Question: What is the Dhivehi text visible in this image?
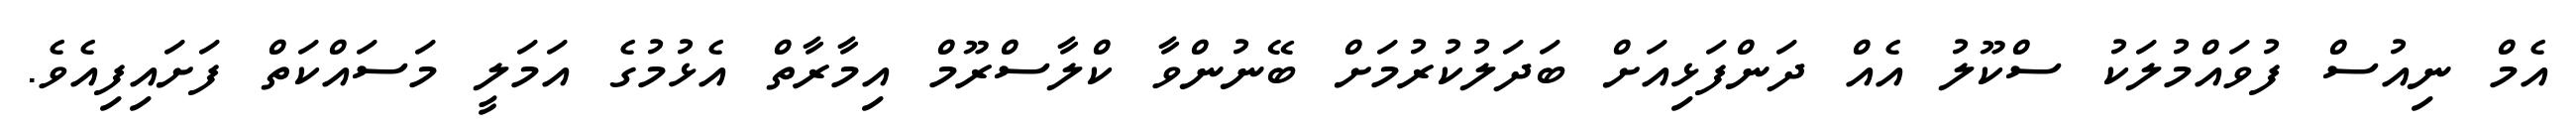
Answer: އެމް ނިއުސް ފުވައްމުލަކު ސްކޫލު އެއް ދަންފަޅިއަށް ބަދަލުކުރުމަށް ބޭނުންވާ ކްލާސްރޫމް އިމާރާތް އެޅުމުގެ އަމަލީ މަސައްކަތް ފަށައިފިއެވެ.